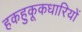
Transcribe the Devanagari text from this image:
हकहुकूकधारियों